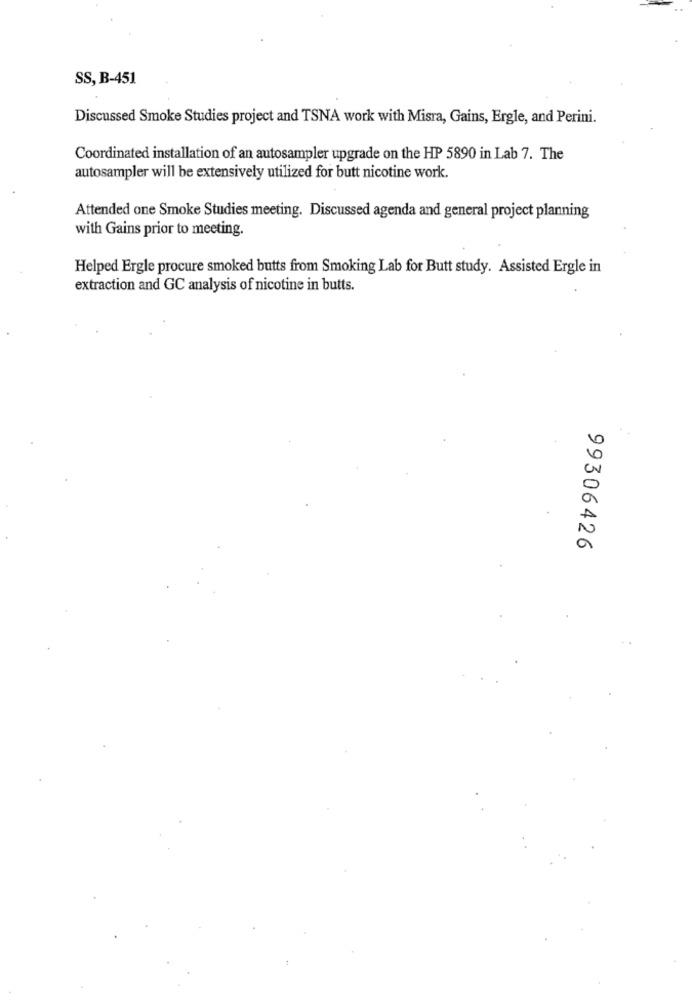
SS, B-451
Discussed Smoke Studies project and TSNA work with Misra, Gains, Ergle, and Perini.
Coordinated installation of an autosampler upgrade on the HP 5890 in Lab 7. The
autosampler will be extensively utilized for butt nicotine work.
Attended one Smoke Studies meeting. Discussed agenda and general project planning
with Gains prior to meeting.
Helped Ergle procure smoked butts from Smoking Lab for Butt study. Assisted Ergle in
extraction and GC analysis of nicotine in butts.
99306426